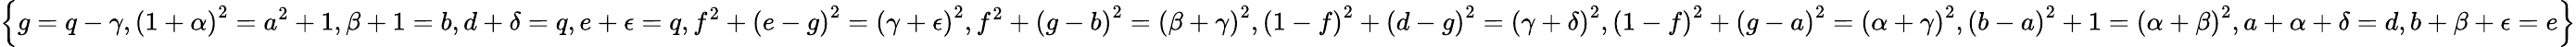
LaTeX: \left\{ g=q-\gamma,\left(1+\alpha\right)^{2}={a}^{2}+1,\beta+1=b,d+\delta=q,e+\epsilon=q,{f}^{2}+\left(e-g\right)^{2}=\left(\gamma+\epsilon\right)^{2},{f}^{2}+\left(g-b\right)^{2}=\left(\beta+{\gamma}\right)^{2},\left(1-f\right)^{2}+\left(d-g\right)^{2}=\left(\gamma+\delta\right)^{2},\left(1-f\right)^{2}+\left(g-a\right)^{2}=\left(\alpha+\gamma\right)^{2},\left(b-a\right)^{2}+1=\left(\alpha+\beta\right)^{2},a+\alpha+\delta=d,b+\beta+\epsilon=e\right\}